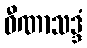
ဝီဏာသဒ္ဒံ